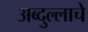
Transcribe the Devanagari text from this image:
अब्दुल्लाचे